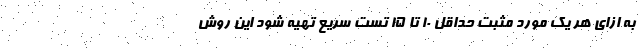
به ازای هر یک مورد مثبت حداقل ۱۰ تا ۱۵ تست سریع تهیه شود این روش